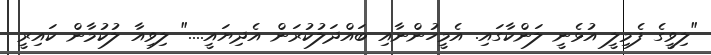
"ލިވީގެ ފެމިލީ އުޅެނީ ލަންކާގައި. އެމީހުންނާއި ބައްދަލުކުރަން އެދިޔައީ...." ލިވިއާ ލުކުމާން ކައިރީ